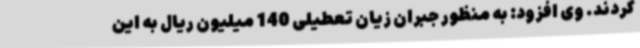
کردند. وی افزود: به منظور جبران زیان تعطیلی 140 میلیون ریال به این